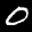
Label: 0